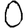
Digit: 0